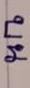
บน